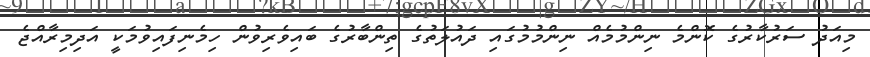
މިއަދު ސަރުކާރުގެ ކޮންމެ ނިންމުމެއް ނިންމުމުގައި ދައުލަތުގެ ތިންބާރުގެ ބައިވެރިވުން ހިމެނިފައިވުމަކީ އަދިމިރާއްޖެ